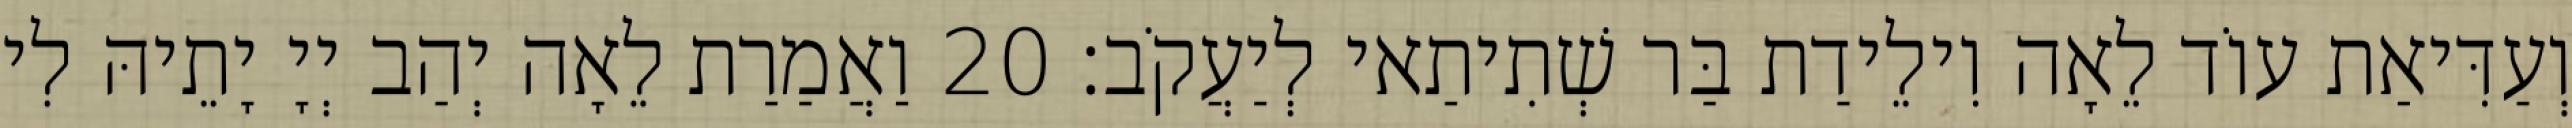
וְעַדִּיאַת עוֹד לֵאָה וִילֵידַת בַּר שְׁתִיתַאי לְיַעֲקֹב׃ 20 וַאֲמַרַת לֵאָה יְהַב יְיָ יָתֵיהּ לִי